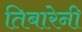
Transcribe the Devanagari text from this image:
तिबारेनी